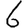
Digit: 6